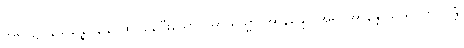
အရပ်၌။ နိသိန္နော ခေါ၊ ထိုင်နေပြီးသော။ အာယသ္မာ အာနန္ဒော၊ အရှင်အာနန္ဒာသည်။ ဘဂဝန္တံ၊